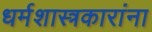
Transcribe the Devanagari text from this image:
धर्मशास्त्रकारांना